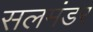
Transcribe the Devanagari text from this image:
सलमंडर